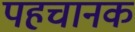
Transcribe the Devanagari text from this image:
पहचानक